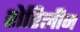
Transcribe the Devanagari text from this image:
शेरिलीन